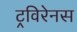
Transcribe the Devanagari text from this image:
ट्रविरेनस